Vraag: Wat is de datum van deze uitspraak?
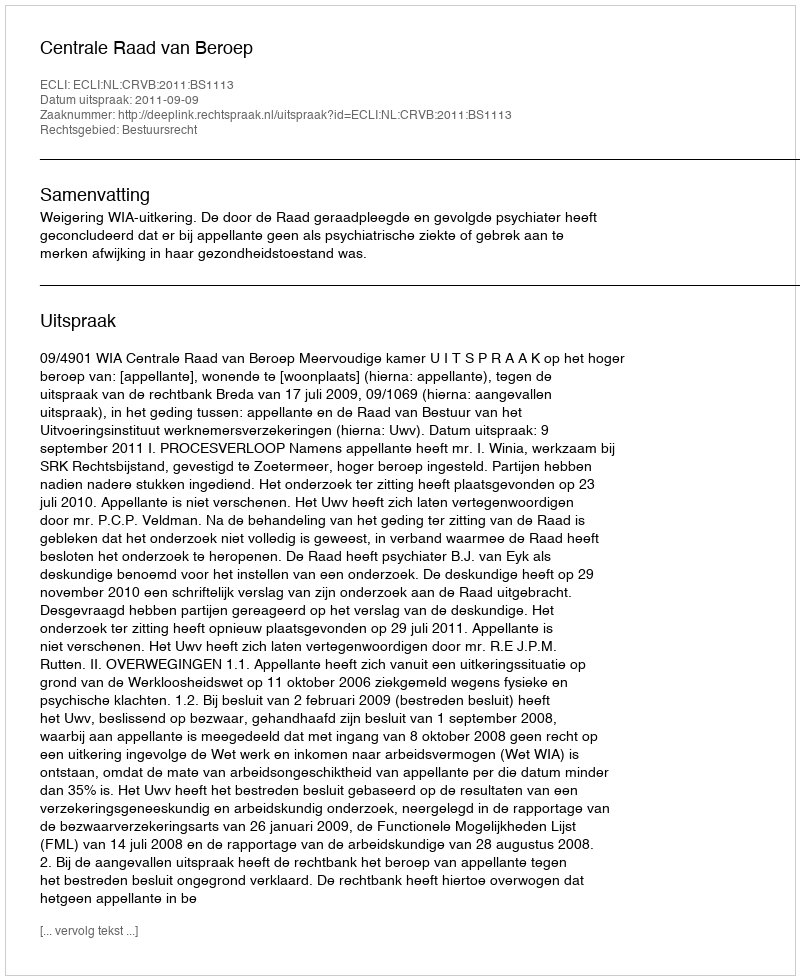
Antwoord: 2011-09-09